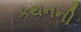
કથનની